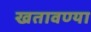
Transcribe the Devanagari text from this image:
खतावण्या